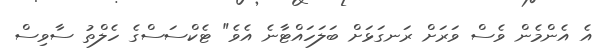
އެ އެންމެން ވެސް ވަރަށް ރަނގަޅަށް ބަލަހައްޓާނެ އެވެ" ޓެކްސަސްގެ ހެލްތު ސާވިސް